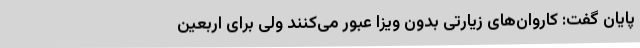
پایان گفت: کاروان‌های زیارتی بدون ویزا عبور می‌کنند ولی برای اربعین